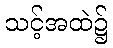
သင့်အထဲ၌